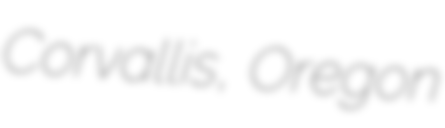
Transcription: Corvallis, Oregon